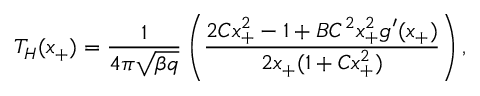
T _ { H } ( x _ { + } ) = \frac { 1 } { 4 \pi \sqrt { \beta q } } \left( \frac { 2 C x _ { + } ^ { 2 } - 1 + B C ^ { 2 } x _ { + } ^ { 2 } g ^ { \prime } ( x _ { + } ) } { 2 x _ { + } ( 1 + C x _ { + } ^ { 2 } ) } \right) ,